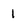
Character: 1